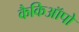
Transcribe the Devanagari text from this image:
कैकिऑपो